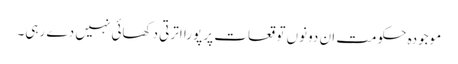
موجودہ حکومت ان دونوں توقعات پر پورا اترتی دکھائی نہیں دے رہی۔